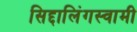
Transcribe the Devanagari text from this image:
सिद्दालिंगस्वामी